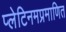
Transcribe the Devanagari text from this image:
प्लेटिनमप्रमाणित